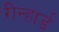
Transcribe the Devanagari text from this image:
रीन्हार्ड